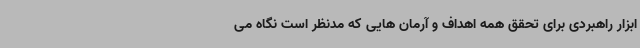
ابزار راهبردی برای تحقق همه اهداف و آرمان هایی که مدنظر است نگاه می